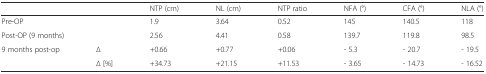
| <COLSPAN=2>  | NTP (cm) | NL (cm) | NTP ratio | NFA (°) | CFA (°) | NLA (°) |
 | --- | --- | --- | --- | --- | --- | --- | --- |
 | <COLSPAN=2> Pre-OP | 1.9 | 3.64 | 0.52 | 145 | 140.5 | 118 |
 | <COLSPAN=2> Post-OP (9 months) | 2.56 | 4.41 | 0.58 | 139.7 | 119.8 | 98.5 |
 | <ROWSPAN=2> 9 months post-op | ∆ | +0.66 | +0.77 | +0.06 | - 5.3 | - 20.7 | - 19.5 |
 | ∆ [%] | +34.73 | +21.15 | +11.53 | - 3.65 | - 14.73 | - 16.52 |